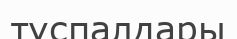
тұспалдары